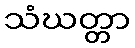
သံဃတ္တာ